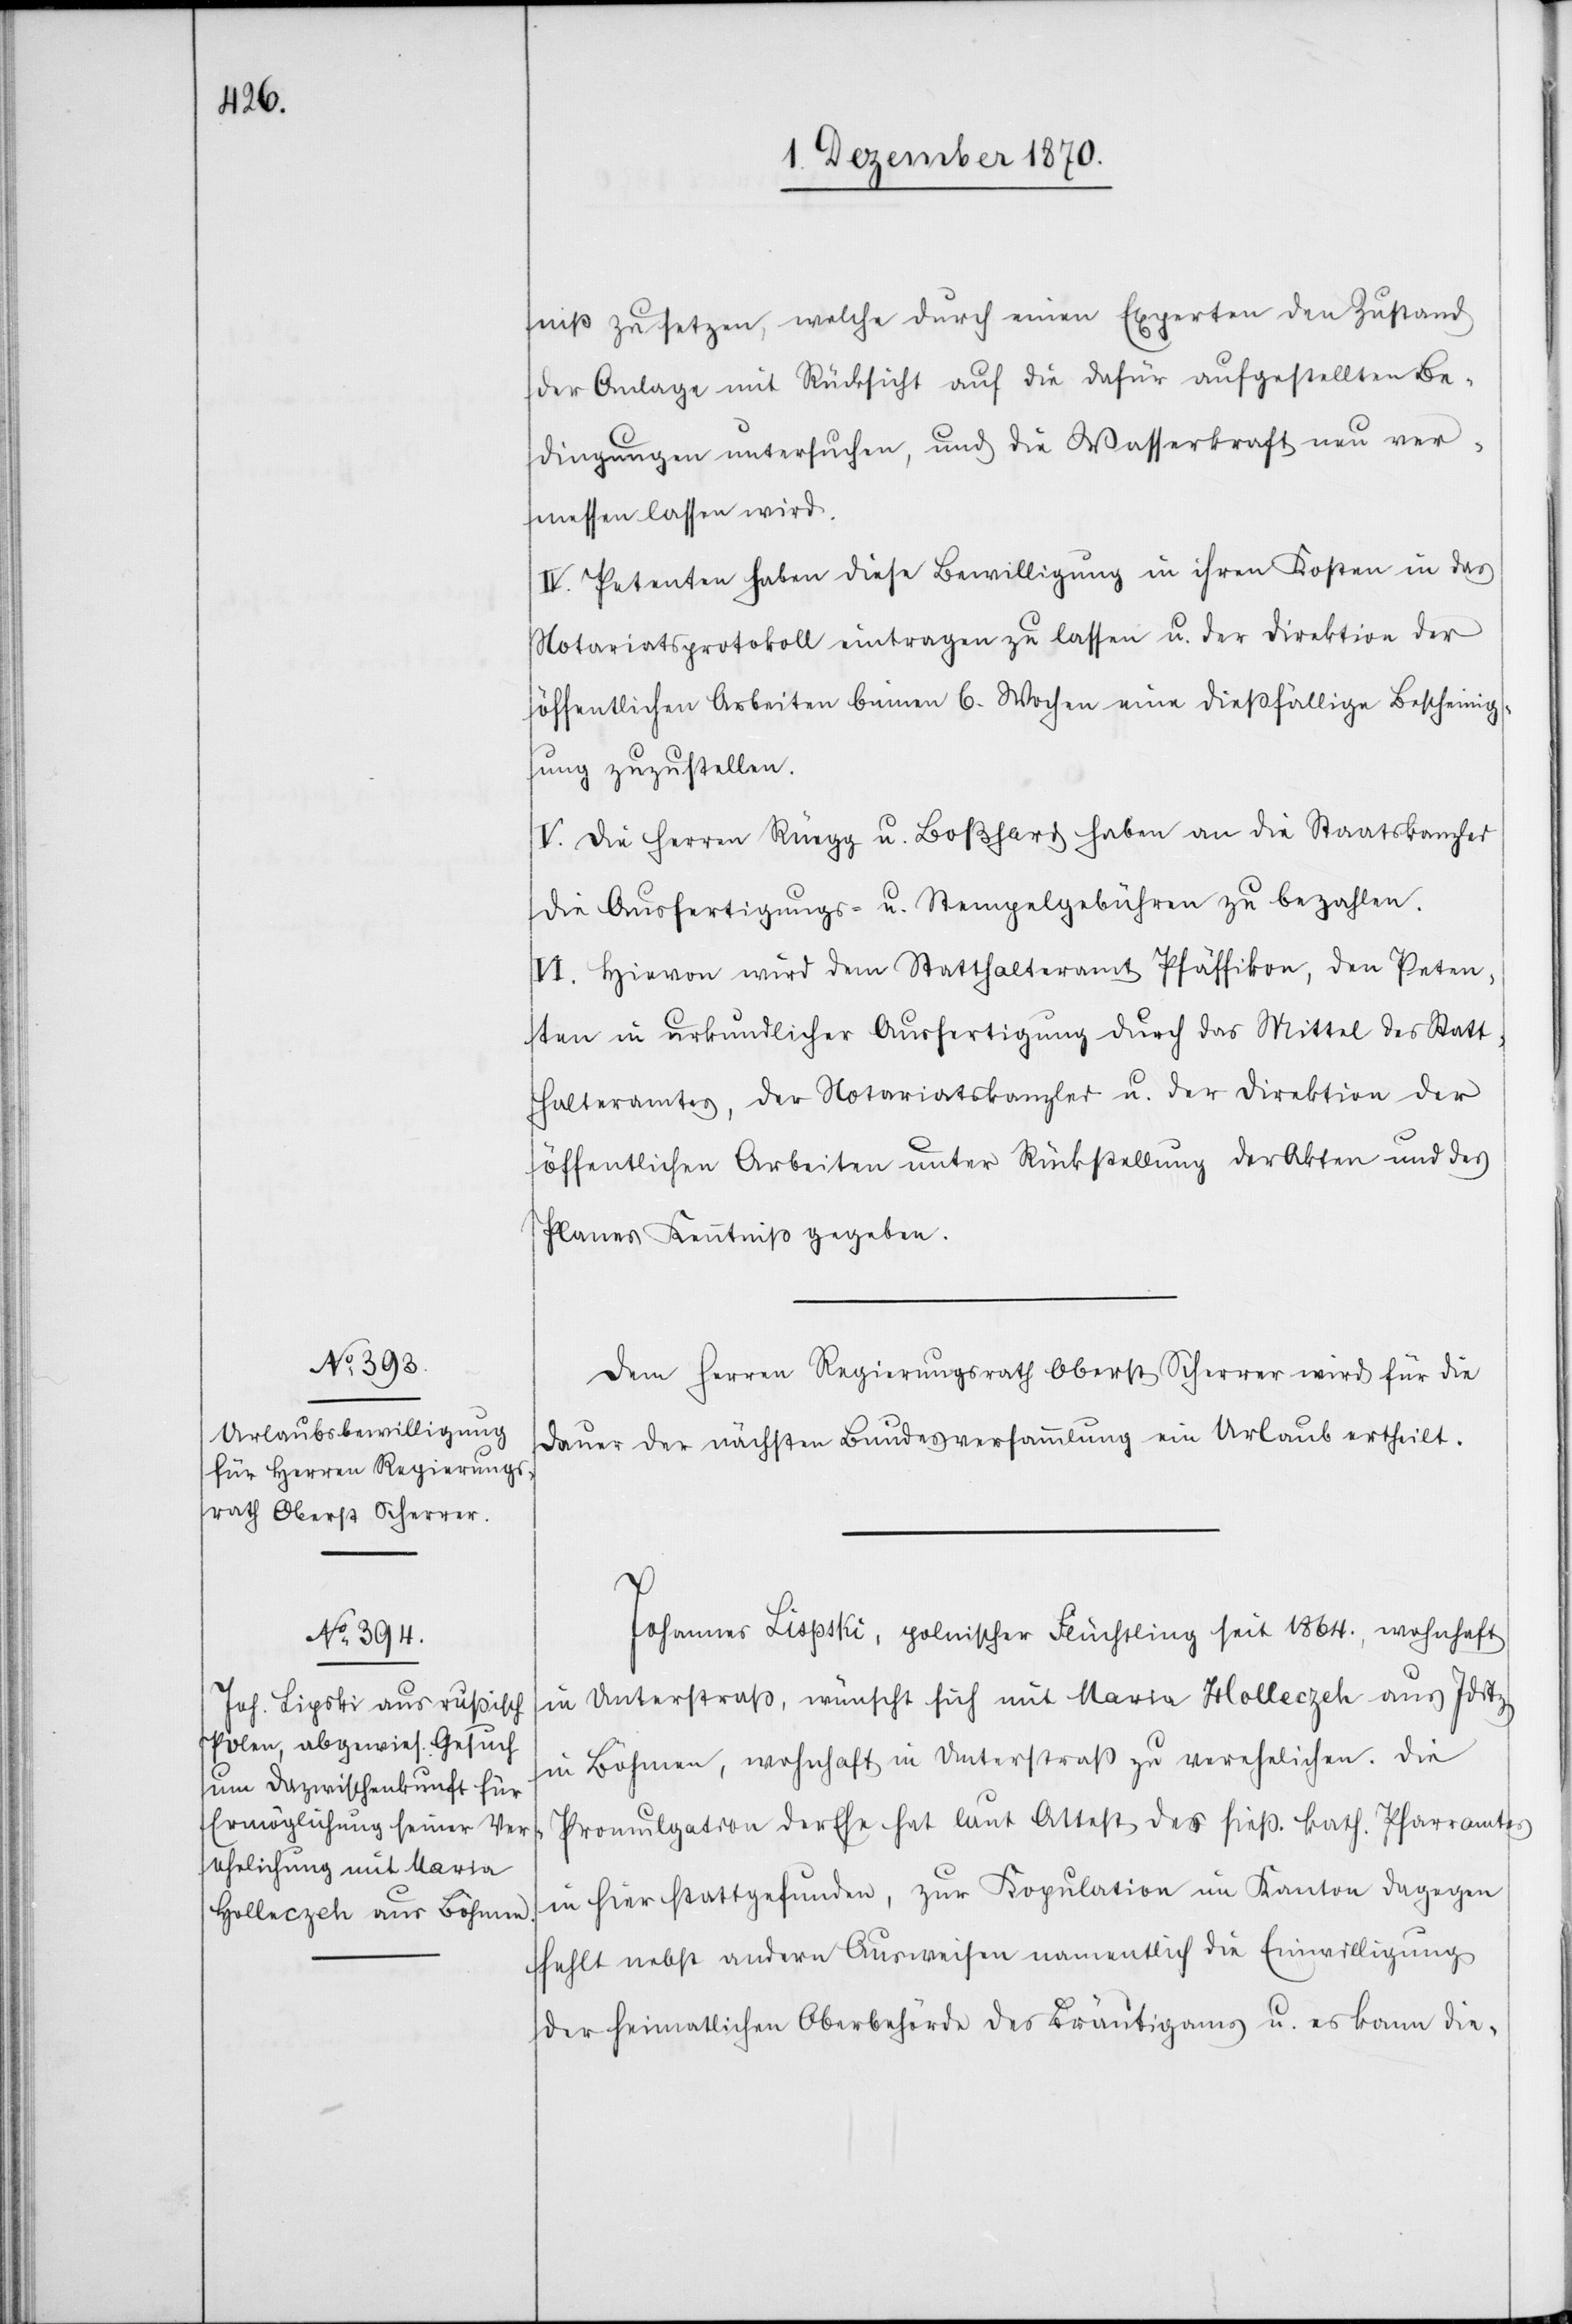
niß zu setzen, welche durch einen Experten den Zustand
der Anlage mit Rücksicht auf die dafür aufgestellten Be¬
dingungen untersuchen, und die Wasserkraft neu ver¬
messen lassen wird.
IV. Petenten haben diese Bewilligung in ihren Kosten in das
Notariatsprotokoll eintragen zu lassen u. der Direktion der
öffentlichen Arbeiten binnen 6. Wochen eine dießfällige Bescheinig¬
ung zuzustellen.
V. Die Herren Rüegg u. Boßhard haben an die Staatskanzlei
die Ausfertigungs- u. Stempelgebühren zu bezahlen.
VI. Hievon wird dem Statthalteramt Pfäffikon, den Peten¬
ten in urkundlicher Ausfertigung durch das Mittel des Statt¬
halteramtes, der Notariatskanzlei u. der Direktion der
öffentlichen Arbeiten unter Rückstellung der Akten und des
Planes Kenntniß gegeben.
Dem Herren Regierungsrath Oberst Scherrer wird für die
Dauer der nächsten Bundesversammlung ein Urlaub ertheilt.
Johannes Lispski [sic!], polnischer Flüchtling seit 1864., wohnhaft
in Unterstraß, wünscht sich mit Maria Holleczek aus Iditz
in Böhmen, wohnhaft in Unterstraß zu verehelichen. Die
Promulgation der Ehe hat laut Attest des hieß. kath. Pfarramtes
in hier stattgefunden, zur Kopulation im Kanton dagegen
fehlt nebst andern Ausweisen namentlich die Einwilligung
der heimatlichen Oberbehörde des Bräutigams u. es kann die-